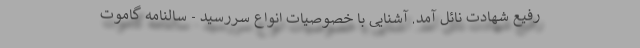
رفیع شهادت نائل آمد. آشنایی با خصوصیات انواع سررسید - سالنامه گاموت